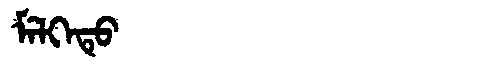
Manchu: ᠮᡝᠯᡴᡝᡨᡠ
Romanization: MELKETU